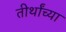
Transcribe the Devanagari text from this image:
तीर्थांच्या